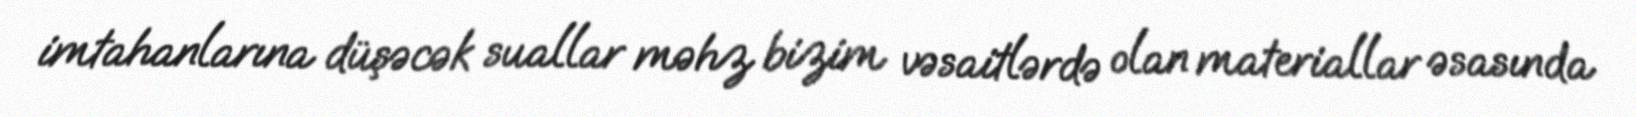
imtahanlarına düşəcək suallar məhz bizim vəsaitlərdə olan materiallar əsasında